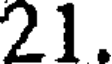
21.